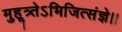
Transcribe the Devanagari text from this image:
मुहूत्र्तेऽभिजित्संज्ञे।।